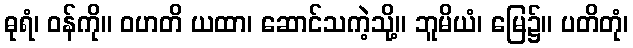
ဓုရံ၊ ဝန်ကို။ ဝဟတိ ယထာ၊ ဆောင်သကဲ့သို့။ ဘူမိယံ၊ မြေ၌။ ပတိတုံ၊